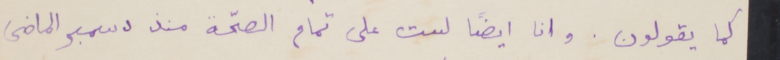
كما يقولون. وانا ايضاً لست على تمام الصحّة منذ دسمبر الماضى